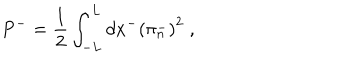
P ^ { - } = \frac { 1 } { 2 } \int _ { - L } ^ { L } d x ^ { - } \left( \pi _ { n } ^ { - } \right) ^ { 2 } \; ,